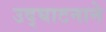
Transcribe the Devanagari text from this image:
उद्घाटनाने